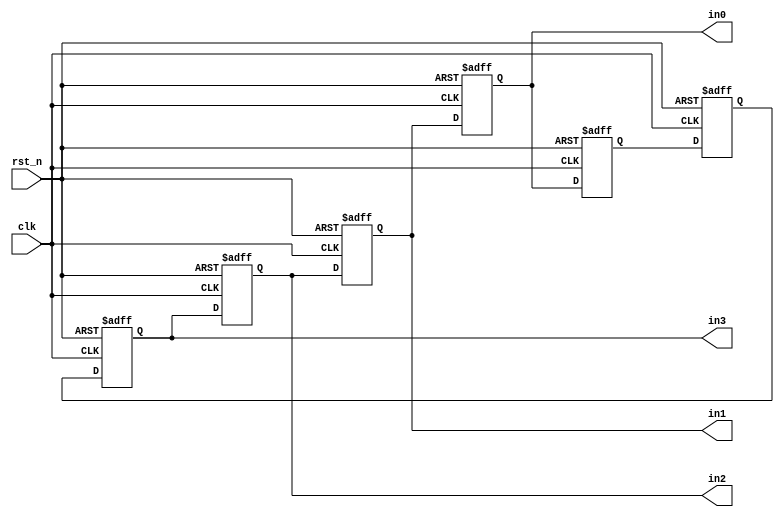
`timescale 1ns / 1ps
//////////////////////////////////////////////////////////////////////////////////
// Company: 
// Engineer: 
// 
// Design Name: 
// Module Name: shifter
// Project Name: 
// Target Devices: 
// Tool Versions: 
// Description: 
// 
// Dependencies: 
// 
// Revision:
// Revision 0.01 - File Created
// Additional Comments:
// 
//////////////////////////////////////////////////////////////////////////////////


module shifter(
    input clk,
    input rst_n,
    output reg [2:0] in0,in1, in2, in3
    );
    reg [2:0]in4, in5;

    //sequential
    always@(posedge clk or negedge rst_n)
    if (~rst_n) begin
        in0 <= 3'd0;
        in1 <= 3'd1;
        in2 <= 3'd2;
        in3 <= 3'd3;
        in4 <= 3'd4;
        in5 <= 3'd4;
    end
    else begin
        in0 <= in1;
        in1 <= in2;
        in2 <= in3;
        in3 <= in4;
        in4 <= in5;
        in5 <= in0;
    end
endmodule